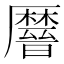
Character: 𫨤